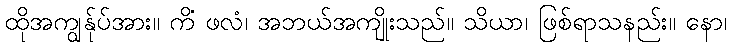
ထိုအကျွန်ုပ်အား။ ကိံ ဖလံ၊ အဘယ်အကျိုးသည်။ သိယာ၊ ဖြစ်ရာသနည်း။ နော၊